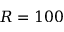
R = 1 0 0